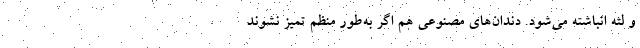
و لثه انباشته می‌شود. دندان‌های مصنوعی هم اگر به‌طور منظم تمیز نشوند